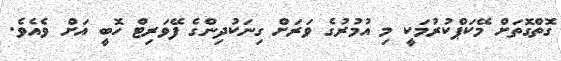
ގޮތްގޮތަށް މޭކަޕްކުރުމަކީ މި އުމުރުގެ ވަރަށް ގިނަކުދިންގެ ފޭވަރިޓް ހޮބީ އަށް ވެއެވެ.